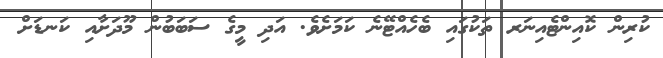
ކުރިން ކޮއިންޓެއިނަރ ތަކުގައި ބެހެއްޓޭނެ ކަމަށެވެ. އަދި މީގެ ސަބަބުން މޫދަށާއި ކަނޑަށް